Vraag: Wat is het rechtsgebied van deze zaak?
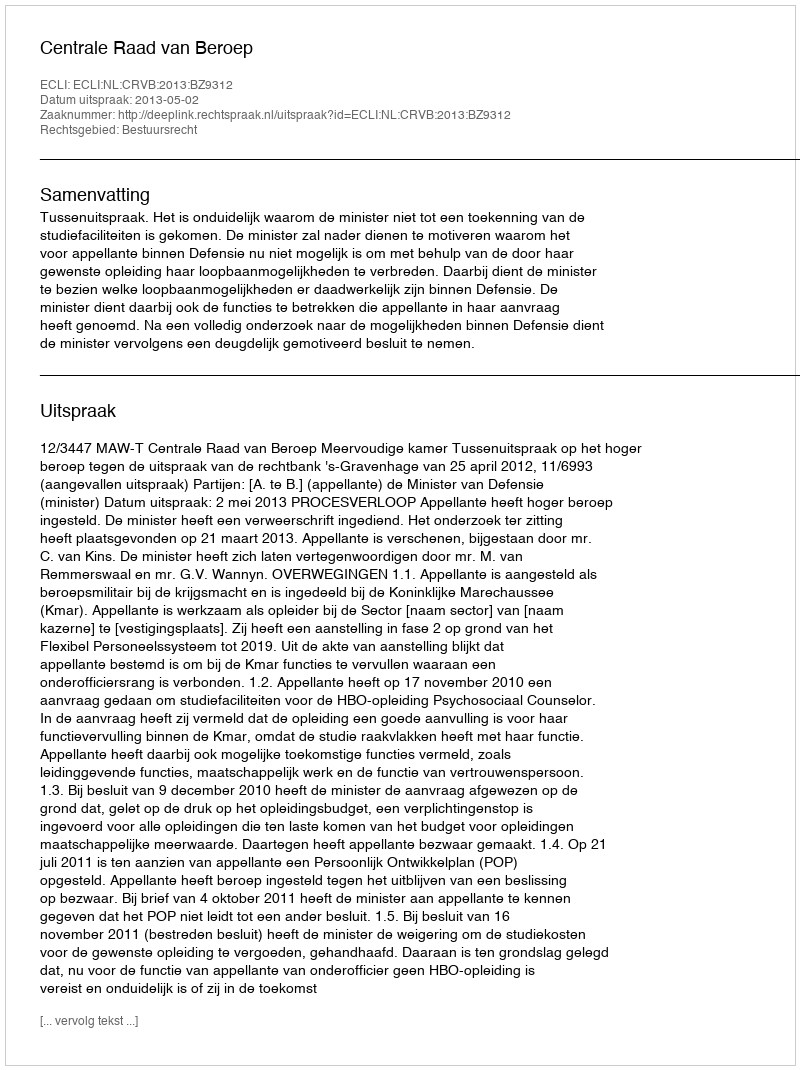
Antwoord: Bestuursrecht